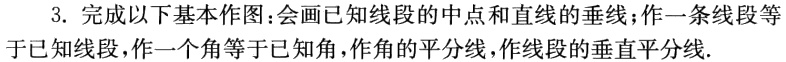
3. 完成以下基本作图:会画已知线段的中点和直线的垂线；作一条线段等于已知线段，作一个角等于已知角，作角的平分线，作线段的垂直平分线.